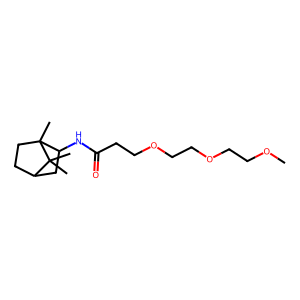
SMILES: COCCOCCOCCC(=O)NC1CC2CCC1(C)C2(C)C
Inhibits HIV replication: No